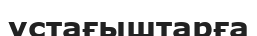
ұстағыштарға